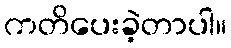
ကတိပေးခဲ့တာပါ။